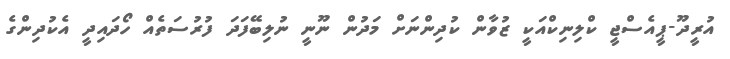
އުރީދޫ-ޕީއެސްޖީ ކްލިނިކްއަކީ ޒުވާން ކުދިންނަށް މަދުން ނޫނީ ނުލިބޭފަދަ ފުރުސަތެއް ހޯދައިދީ އެކުދިންގެ